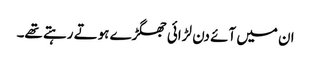
ان میں آئے دن لڑائی جھگڑے ہوتے رہتے تھے۔